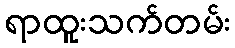
ရာထူးသက်တမ်း